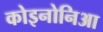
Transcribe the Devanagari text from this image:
कोइनोनिआ